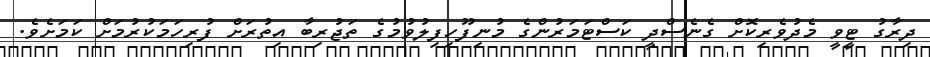
ދިރާގު ޓީވީ މެދުވެރިކޮށް ގެނެސްދީ ކަސްޓަމަރުންގެ މުނިފޫހިފިލުވުމުގެ ތަޖުރިބާ އިތުރަށް ފުރިހަމަކުރުމަށް ކަމަށެވެ.